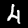
Label: 4